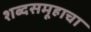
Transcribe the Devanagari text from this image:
शब्दसमूहाचा